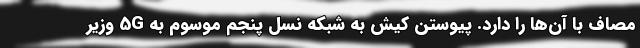
مصاف با آن‌ها را دارد. پیوستن کیش به شبکه نسل پنجم موسوم به 5G وزیر